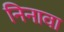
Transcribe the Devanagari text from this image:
निनावा